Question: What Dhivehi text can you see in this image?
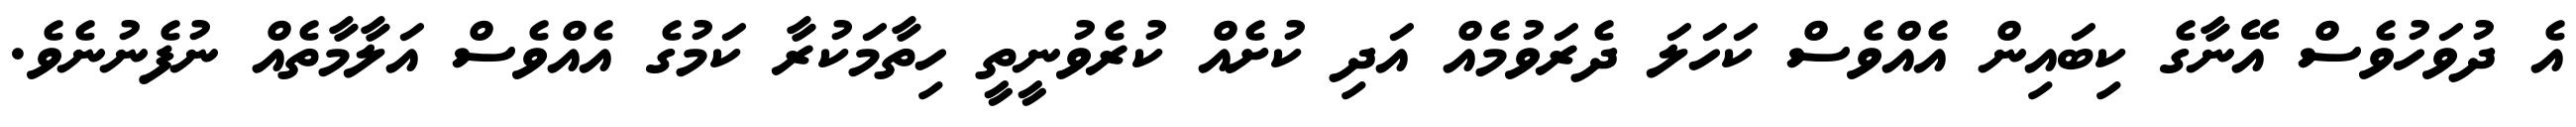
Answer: އެ ދުވަހުވެސް އޭނާގެ ކިބައިން އެއްވެސް ކަހަލަ ދެރަވުމެއް އަދި ކުށެއް ކުރެވުނީތީ ހިތާމަކުރާ ކަމުގެ އެއްވެސް އަލާމާތެއް ނުފެނުނެވެ.